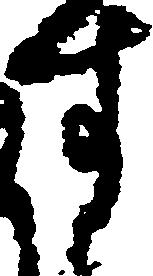
す